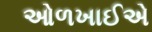
ઓળખાઈએ